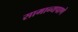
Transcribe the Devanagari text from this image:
सामान्यपाणे